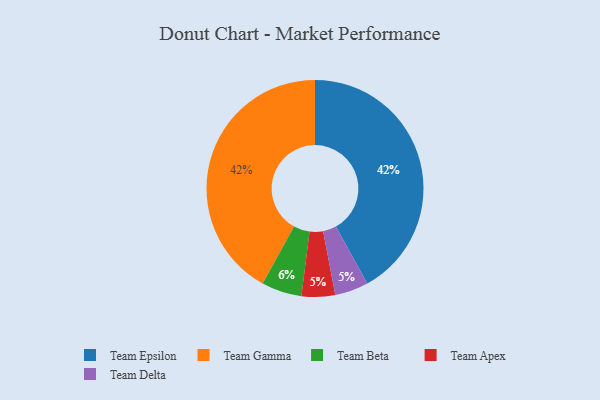
{"axis": {"x": "Category", "y": "Percentage"}, "legend": ["Team Apex", "Team Beta", "Team Delta", "Team Epsilon", "Team Gamma"], "data": [{"x": "Team Apex", "y": 5, "type": "Team Apex"}, {"x": "Team Epsilon", "y": 42, "type": "Team Epsilon"}, {"x": "Team Delta", "y": 5, "type": "Team Delta"}, {"x": "Team Gamma", "y": 42, "type": "Team Gamma"}, {"x": "Team Beta", "y": 6, "type": "Team Beta"}]}